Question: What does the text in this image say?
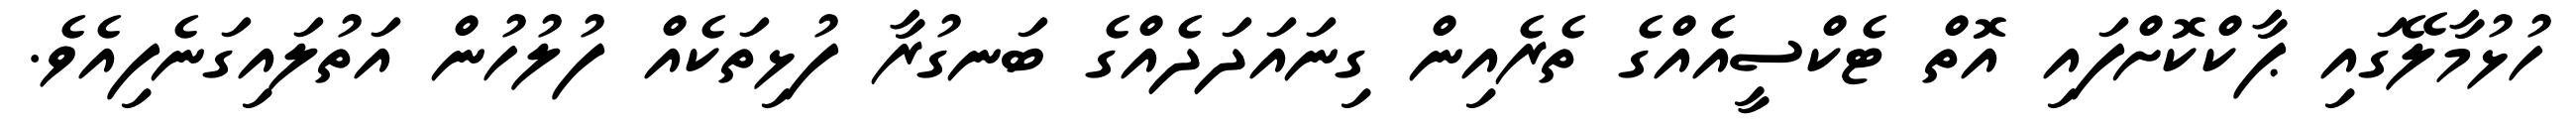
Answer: ހުޅުމާލޭގައި ޕާކްކޮށްފައި އޮތް ޓެކްސީއެއްގެ ތެރެއިން ގިނައަދަދެއްގެ ބަނގުރާ ފުޅިތަކެއް ފުލުހުން އަތުލައިގަނެފިއެވެ.